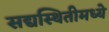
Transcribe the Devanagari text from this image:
सद्यस्थितीमध्ये